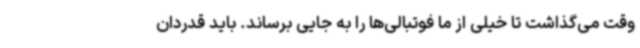
وقت می‌گذاشت تا خیلی از ما فوتبالی‌ها را به جایی برساند. باید قدردان